Civil Veterinary Department Bihar & Orissa reports 1929-36 - 1929-1936
Year: 1929
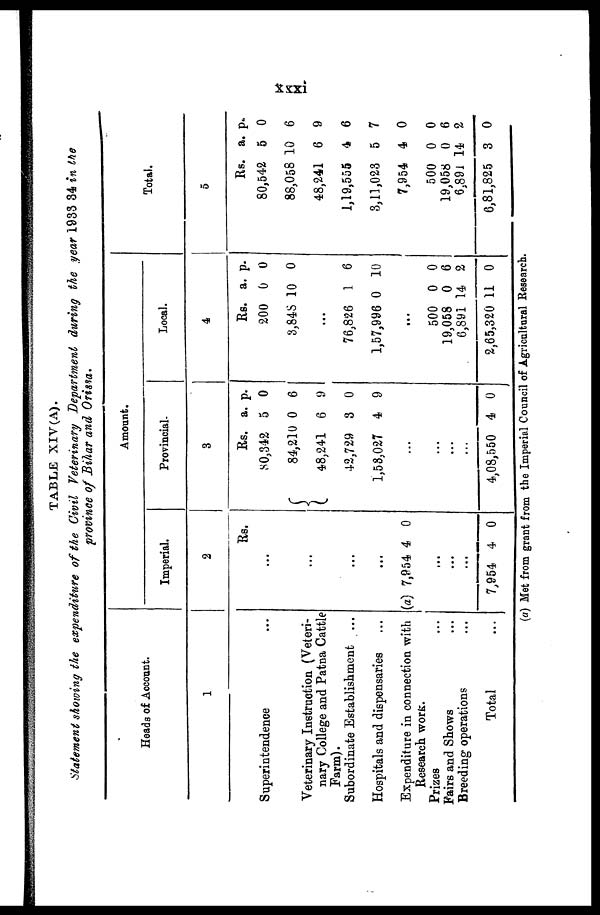
xxxi
TABLE XIV(A).
Statement showing the expenditure of the Civil Veterinary Department during the year 1933-34 in the
province of Bihar and Orissa.
Heads of Account.
1
Superintendence ...
Veterinary Instruction (Veteri-
nary College and Patna Cattle
Farm).
Subordinate Establishment ...
Hospitals and dispensaries ...
Expenditure in connection with
Research work.
Prizes ...
Fairs and Shows ...
Breeding operations ...
Total
Amount.
Imperial.
2
Rs.
...
...
...
...
(a) 7,954 4 0
...
...
...
7,954 4 0
Provincial.
3
Rs. a. p.
S0,342 5 0
84,210 0 6
48,241 6 9
42,729 3 0
1,58,027 4 9
...
...
...
...
4,08,550 4 0
Local.
4
Rs. a. p.
200 0 0
3,848 10 0
...
76,826 1 6
1,57,996 0 10
...
500 0 0
19,058 0 6
6,891 14 2
2,65,320 11 0
Total.
5
Rs. a. p.
80,542 5 0
88,058 10 6
48,241 6 9
1,19,555 4 6
3,11,023 5 7
7,954 4 0
500 0 0
19,058 0 6
6.891 14 2
6,81,825 3 0
(a) Met from grant from the Imperial Council of Agricultural Research.